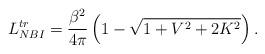
LaTeX: \begin{align*}L^{tr}_{NBI}=\frac{\beta^2}{4\pi}\left(1-\sqrt{1+V^2+2K^2}\right).\end{align*}